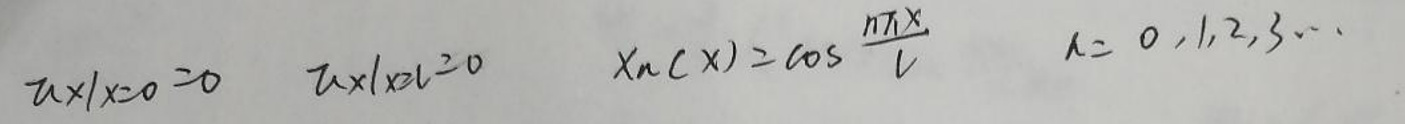
\[
u(x)|_{x = 0} = 0,\quad u(x)|_{x = L} = 0,\quad X_n(x)=\cos\frac{n\pi x}{L},\quad n = 0,1,2,3,\cdots
\]